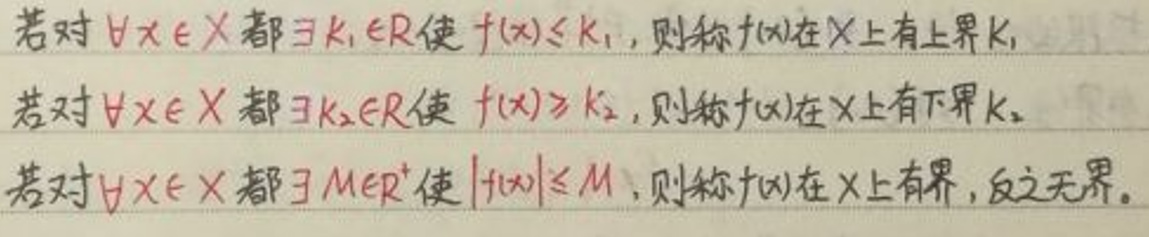
若对 $\forall x\in X$ 都 $\exists k_1\in\mathbb{R}$ 使 $f(x)\leq k_1$，则称 $f(x)$ 在 $X$ 上有上界 $k_1$。
若对 $\forall x\in X$ 都 $\exists k_2\in\mathbb{R}$ 使 $f(x)\geq k_2$，则称 $f(x)$ 在 $X$ 上有下界 $k_2$。
若对 $\forall x\in X$ 都 $\exists M\in\mathbb{R}^+$ 使 $|f(x)|\leq M$，则称 $f(x)$ 在 $X$ 上有界，反之无界。